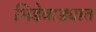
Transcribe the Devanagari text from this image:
भिडेवाड्यात